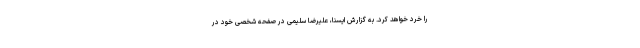
را خرد خواهد کرد. به گزارش ایسنا، علیرضا سلیمی در صفحه شخصی خود در